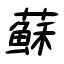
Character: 蘇